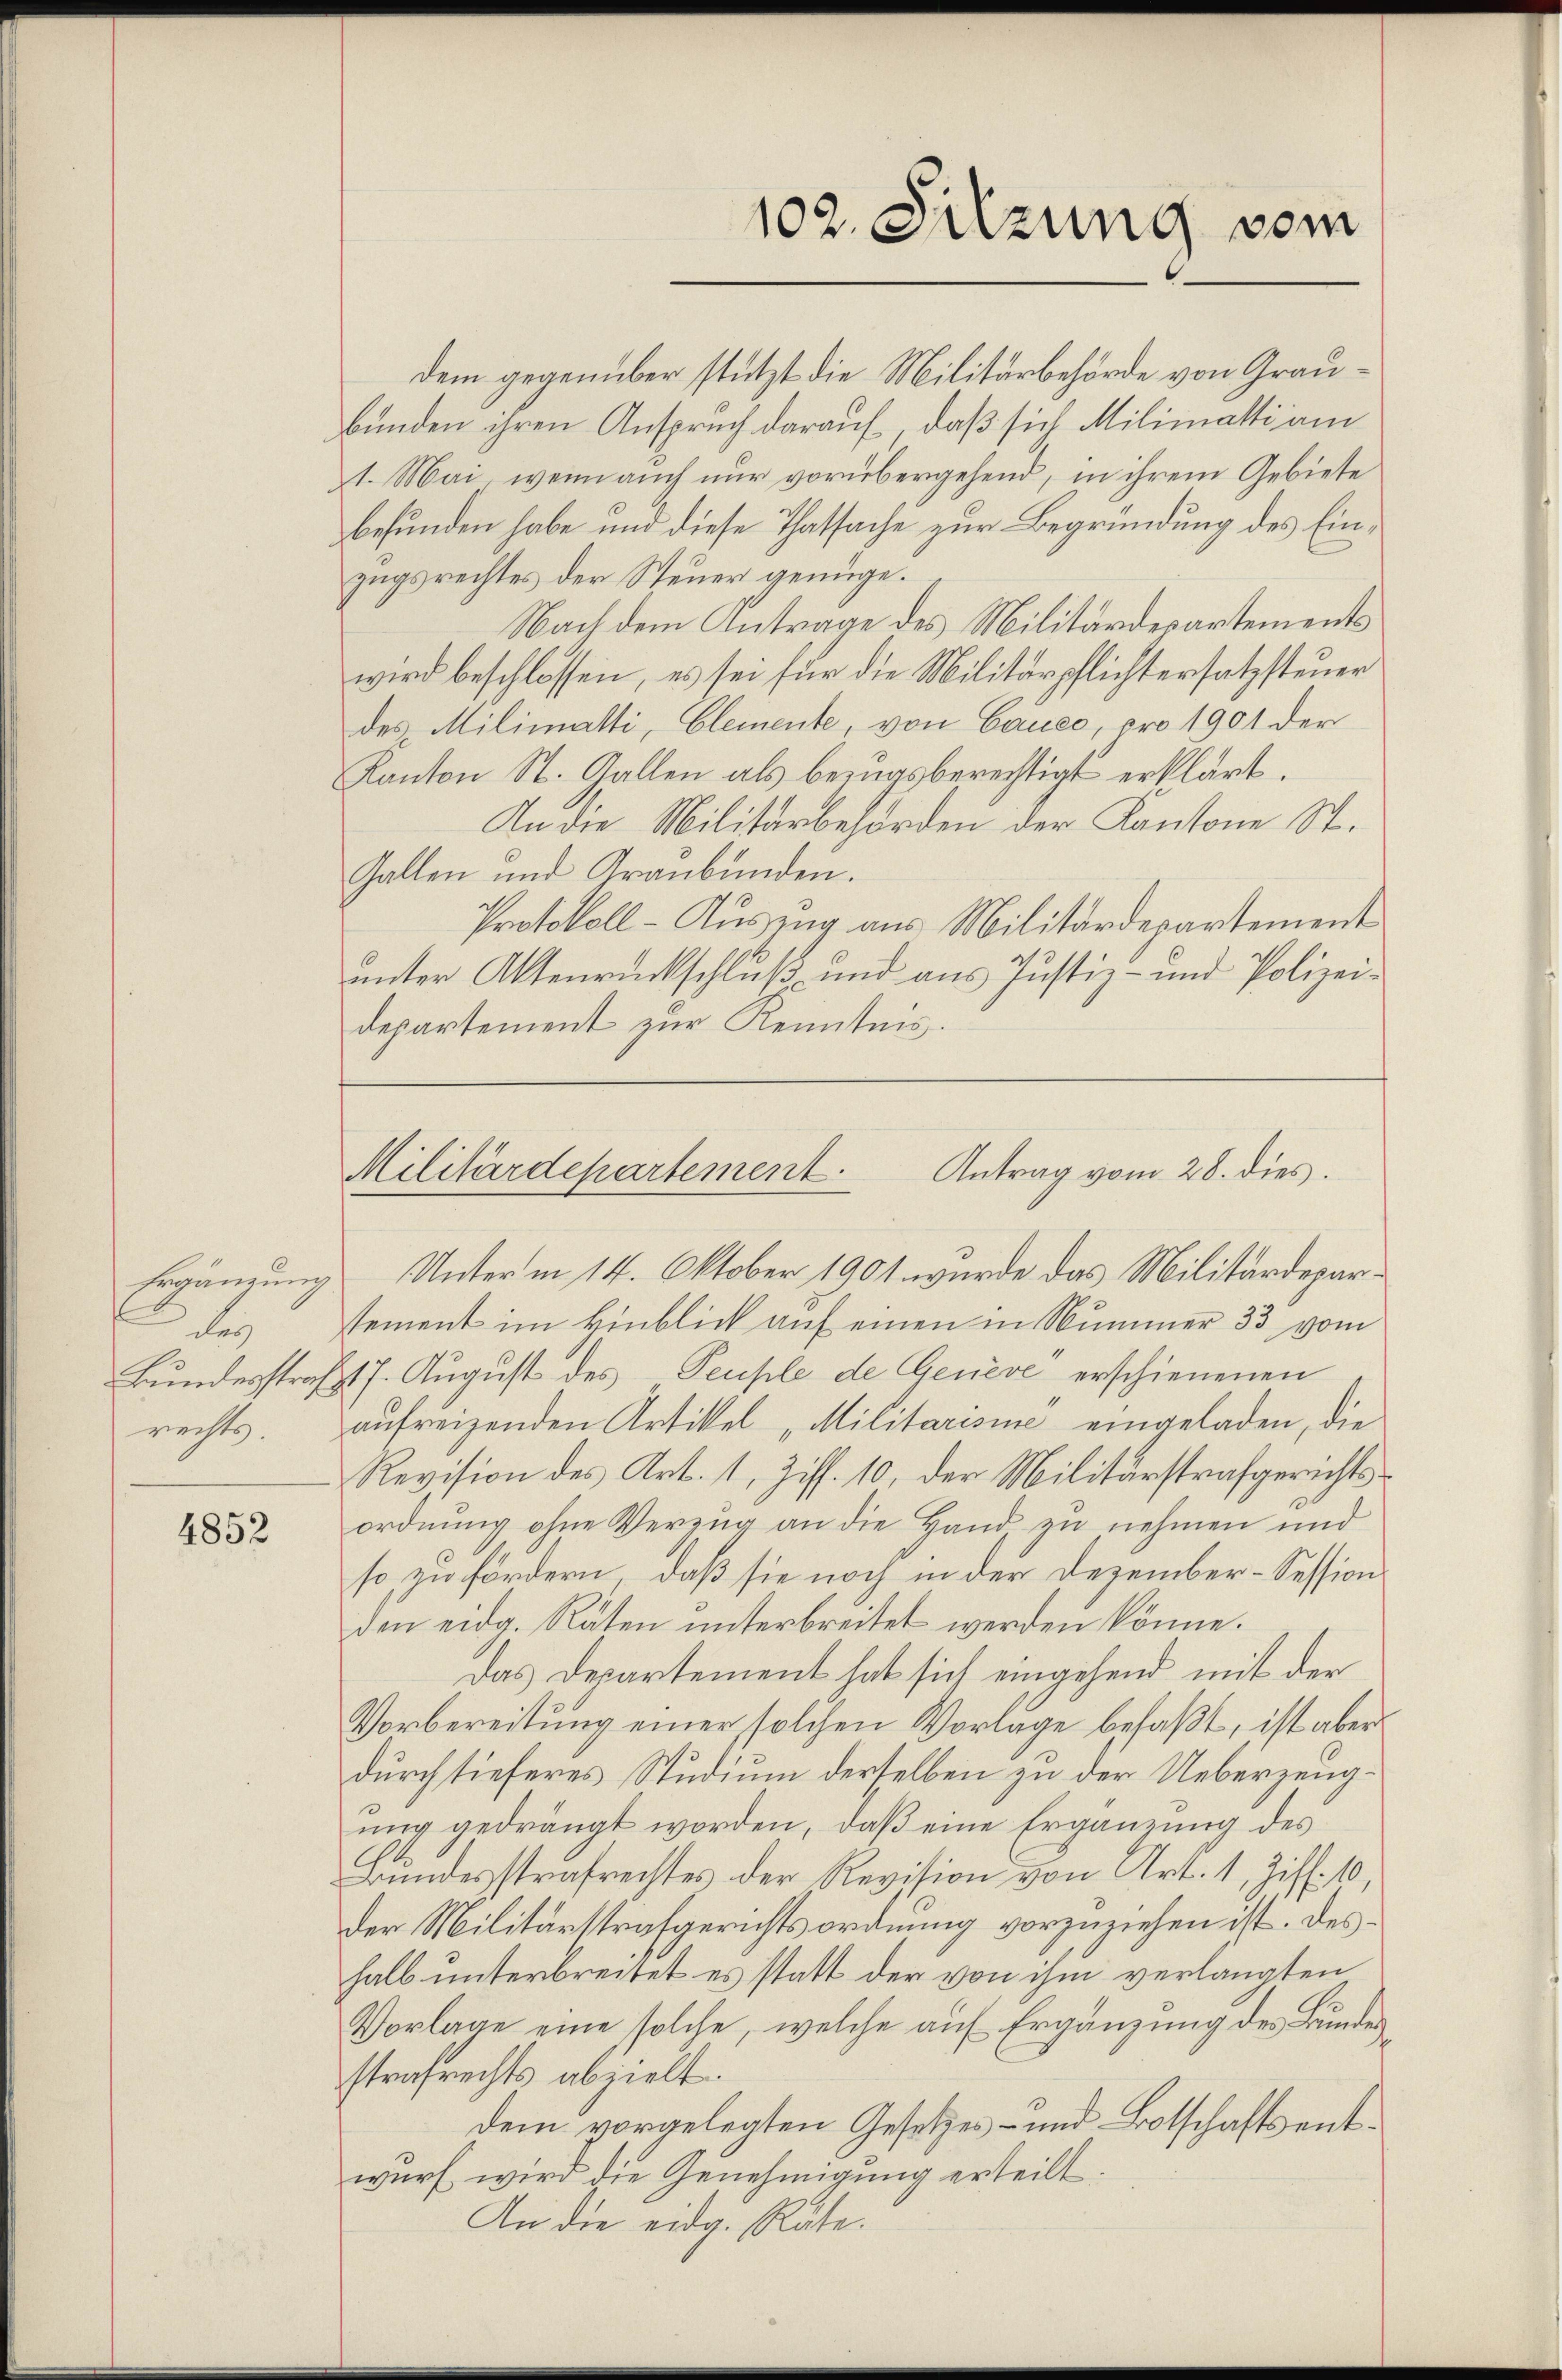
leg
rechts.

4852

dem gegenüber stützt die Militärbehörde von Graubunden ihren Anspruch darauf, daß sich Milimatti am
1. Mai, wenn auch nur vorübergehend, in ihrem Gebiete
befunden habe und diese Thatsache zur Begründung des Einzugsrechtes der Steuer genüge.
Nach dem Antrage des Militärdepartements
wird beschlossen, es sei für die Militärpflichtersatzsteuer
des Milimatti, Clemente, von Cauce, pro 1901 der
Kanton St. Gallen als bezugsberechtigt erklärt.
An die Militärbehörden der Kantone St.
Gallen und Graubünden.
Protokoll-Auszug aus Militärdepartement
unter Aktenrückschluß und aus Justiz- und Polizeidepartement zur Kenntnis.

Ergänzung Unterm 14. Oktober 1901 wurde das Militärdeparsement im Hinblick auf einen in Nummer 33 vom
Bundesstraßt 7. August des Peuple de Geneve erschienenen
aufreizenden Artikel „Militarisine eingeladen, die
Revision des Art. 1, Ziff. 10, der Militärstrafgerichtsordnŭng ohne Verzŭg an die Hand zu nehmen und
so zu fördern, daß sie noch in der Dezember-Session
den eidg. Räten unterbreitet werden könne.
Das Departement hat sich eingehend mit der
Vorbereitung einer solchen Vorlage befaßt, ist aber
durch tieferes Studium derselben zu der Ueberzeugung gedrängt worden, daß eine Ergänzung des
Bundesstrafrechtes der Revision von Art. 1, Ziff. 10,
der Militärstrafgerichtsordnung vorzuziehen ist. Deshalb unterbreitet es statt der von ihm verlangten
Vorlage eine solche, welche auf Ergänzung des Bundes
strafrechts abzielt.
dem vorgelegten Gesetzes- und Botschaftsentwurf wird die Genehmigung erteilt
An die eidg. Räte.

102. Sitzung vom

Antrag vom 28. dies.
Militärdepartement.